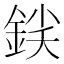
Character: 𨧛